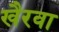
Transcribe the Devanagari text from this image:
खैरवा